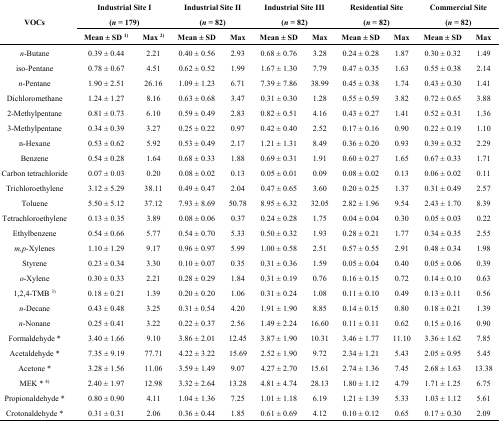
<table><thead><tr><td rowspan="2"><b>VOCs </b></td><td colspan="2"><b>Industrial Site I (<i>n</i> = 179)</b></td><td colspan="2"><b>Industrial Site II (<i>n</i> = 82)</b></td><td colspan="2"><b>Industrial Site III (<i>n</i> = 82)</b></td><td colspan="2"><b>Residential Site (<i>n</i> = 82)</b></td><td colspan="2"><b>Commercial Site (<i>n</i> = 82)</b></td></tr><tr><td><b>Mean ± SD <sup>1)</sup></b></td><td><b>Max <sup>2)</sup></b></td><td><b>Mean ± SD</b></td><td><b>Max</b></td><td><b>Mean ± SD</b></td><td><b>Max</b></td><td><b>Mean ± SD</b></td><td><b>Max</b></td><td><b>Mean ± SD</b></td><td><b>Max</b></td></tr></thead><tbody><tr><td><i>n</i>-Butane</td><td>0.39 ± 0.44</td><td>2.21</td><td>0.40 ± 0.56</td><td>2.93</td><td>0.68 ± 0.76</td><td>3.28</td><td>0.24 ± 0.28</td><td>1.87</td><td>0.30 ± 0.32</td><td>1.49</td></tr><tr><td>iso-Pentane</td><td>0.78 ± 0.67</td><td>4.51</td><td>0.62 ± 0.52</td><td>1.99</td><td>1.67 ± 1.30</td><td>7.79</td><td>0.47 ± 0.35</td><td>1.63</td><td>0.55 ± 0.38</td><td>2.14</td></tr><tr><td><i>n</i>-Pentane</td><td>1.90 ± 2.51</td><td>26.16</td><td>1.09 ± 1.23</td><td>6.71</td><td>7.39 ± 7.86</td><td>38.99</td><td>0.45 ± 0.38</td><td>1.74</td><td>0.43 ± 0.30</td><td>1.41</td></tr><tr><td>Dichloromethane</td><td>1.24 ± 1.27</td><td>8.16</td><td>0.63 ± 0.68</td><td>3.47</td><td>0.31 ± 0.30</td><td>1.28</td><td>0.55 ± 0.59</td><td>3.82</td><td>0.72 ± 0.65</td><td>3.88</td></tr><tr><td>2-Methylpentane</td><td>0.81 ± 0.73</td><td>6.10</td><td>0.59 ± 0.49</td><td>2.83</td><td>0.82 ± 0.51</td><td>4.16</td><td>0.43 ± 0.27</td><td>1.41</td><td>0.52 ± 0.31</td><td>1.36</td></tr><tr><td>3-Methylpentane</td><td>0.34 ± 0.39</td><td>3.27</td><td>0.25 ± 0.22</td><td>0.97</td><td>0.42 ± 0.40</td><td>2.52</td><td>0.17 ± 0.16</td><td>0.90</td><td>0.22 ± 0.19</td><td>1.10</td></tr><tr><td>n-Hexane</td><td>0.53 ± 0.62</td><td>5.92</td><td>0.53 ± 0.49</td><td>2.17</td><td>1.21 ± 1.31</td><td>8.49</td><td>0.36 ± 0.20</td><td>0.93</td><td>0.39 ± 0.32</td><td>2.29</td></tr><tr><td>Benzene</td><td>0.54 ± 0.28</td><td>1.64</td><td>0.68 ± 0.33</td><td>1.88</td><td>0.69 ± 0.31</td><td>1.91</td><td>0.60 ± 0.27</td><td>1.65</td><td>0.67 ± 0.33</td><td>1.71</td></tr><tr><td>Carbon tetrachloride</td><td>0.07 ± 0.03</td><td>0.20</td><td>0.08 ± 0.02</td><td>0.13</td><td>0.05 ± 0.01</td><td>0.09</td><td>0.08 ± 0.02</td><td>0.13</td><td>0.06 ± 0.02</td><td>0.11</td></tr><tr><td>Trichloroethylene</td><td>3.12 ± 5.29</td><td>38.11</td><td>0.49 ± 0.47</td><td>2.04</td><td>0.47 ± 0.65</td><td>3.60</td><td>0.20 ± 0.25</td><td>1.37</td><td>0.31 ± 0.49</td><td>2.57</td></tr><tr><td>Toluene</td><td>5.50 ± 5.12</td><td>37.12</td><td>7.93 ± 8.69</td><td>50.78</td><td>8.95 ± 6.32</td><td>32.05</td><td>2.82 ± 1.96</td><td>9.54</td><td>2.43 ± 1.70</td><td>8.39</td></tr><tr><td>Tetrachloroethylene</td><td>0.13 ± 0.35</td><td>3.89</td><td>0.08 ± 0.06</td><td>0.37</td><td>0.24 ± 0.28</td><td>1.75</td><td>0.04 ± 0.04</td><td>0.30</td><td>0.05 ± 0.03</td><td>0.22</td></tr><tr><td>Ethylbenzene</td><td>0.54 ± 0.66</td><td>5.77</td><td>0.54 ± 0.70</td><td>5.33</td><td>0.50 ± 0.32</td><td>1.93</td><td>0.28 ± 0.21</td><td>1.77</td><td>0.34 ± 0.35</td><td>2.55</td></tr><tr><td><i>m,p</i>-Xylenes</td><td>1.10 ± 1.29</td><td>9.17</td><td>0.96 ± 0.97</td><td>5.99</td><td>1.00 ± 0.58</td><td>2.51</td><td>0.57 ± 0.55</td><td>2.91</td><td>0.48 ± 0.34</td><td>1.98</td></tr><tr><td>Styrene</td><td>0.23 ± 0.34</td><td>3.30</td><td>0.10 ± 0.07</td><td>0.35</td><td>0.31 ± 0.36</td><td>1.59</td><td>0.05 ± 0.04</td><td>0.40</td><td>0.05 ± 0.06</td><td>0.39</td></tr><tr><td><i>o</i>-Xylene</td><td>0.30 ± 0.33</td><td>2.21</td><td>0.28 ± 0.29</td><td>1.84</td><td>0.31 ± 0.19</td><td>0.76</td><td>0.16 ± 0.15</td><td>0.72</td><td>0.14 ± 0.10</td><td>0.63</td></tr><tr><td>1,2,4-TMB <sup>3)</sup></td><td>0.18 ± 0.21</td><td>1.39</td><td>0.20 ± 0.20</td><td>1.06</td><td>0.31 ± 0.24</td><td>1.08</td><td>0.11 ± 0.10</td><td>0.49</td><td>0.13 ± 0.11</td><td>0.56</td></tr><tr><td><i>n</i>-Decane</td><td>0.43 ± 0.48</td><td>3.25</td><td>0.31 ± 0.54</td><td>4.20</td><td>1.91 ± 1.90</td><td>8.85</td><td>0.14 ± 0.15</td><td>0.80</td><td>0.18 ± 0.21</td><td>1.39</td></tr><tr><td><i>n</i>-Nonane</td><td>0.25 ± 0.41</td><td>3.22</td><td>0.22 ± 0.37</td><td>2.56</td><td>1.49 ± 2.24</td><td>16.60</td><td>0.11 ± 0.11</td><td>0.62</td><td>0.15 ± 0.16</td><td>0.90</td></tr><tr><td>Formaldehyde *</td><td>3.40 ± 1.66</td><td>9.10</td><td>3.86 ± 2.01</td><td>12.45</td><td>3.87 ± 1.90</td><td>10.31</td><td>3.46 ± 1.77</td><td>11.10</td><td>3.36 ± 1.62</td><td>7.85</td></tr><tr><td>Acetaldehyde *</td><td>7.35 ± 9.19</td><td>77.71</td><td>4.22 ± 3.22</td><td>15.69</td><td>2.52 ± 1.90</td><td>9.72</td><td>2.34 ± 1.21</td><td>5.43</td><td>2.05 ± 0.95</td><td>5.45</td></tr><tr><td>Acetone *</td><td>3.28 ± 1.56</td><td>11.06</td><td>3.59 ± 1.49</td><td>9.07</td><td>4.27 ± 2.70</td><td>15.61</td><td>2.74 ± 1.36</td><td>7.45</td><td>2.68 ± 1.63</td><td>13.38</td></tr><tr><td>MEK * <sup>4)</sup></td><td>2.40 ± 1.97</td><td>12.98</td><td>3.32 ± 2.64</td><td>13.28</td><td>4.81 ± 4.74</td><td>28.13</td><td>1.80 ± 1.12</td><td>4.79</td><td>1.71 ± 1.25</td><td>6.75</td></tr><tr><td>Propionaldehyde *</td><td>0.80 ± 0.90</td><td>4.11</td><td>1.04 ± 1.36</td><td>7.25</td><td>1.01 ± 1.18</td><td>6.19</td><td>1.21 ± 1.39</td><td>5.33</td><td>1.03 ± 1.12</td><td>5.61</td></tr><tr><td>Crotonaldehyde *</td><td>0.31 ± 0.31</td><td>2.06</td><td>0.36 ± 0.44</td><td>1.85</td><td>0.61 ± 0.69</td><td>4.12</td><td>0.10 ± 0.12</td><td>0.65</td><td>0.17 ± 0.30</td><td>2.09</td></tr></tbody></table>